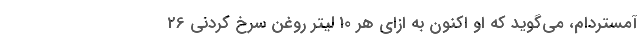
آمستردام، می‌گوید که او اکنون به ازای هر 10 لیتر روغن سرخ کردنی 26